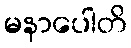
မနာပေါတိ